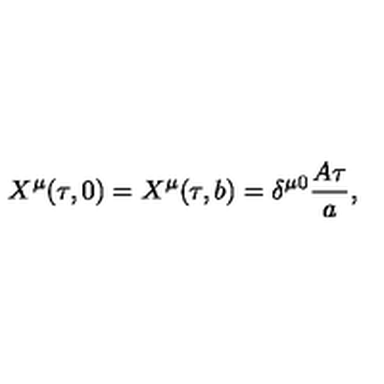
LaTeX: X ^ { \mu } ( \tau , 0 ) = X ^ { \mu } ( \tau , b ) = \delta ^ { \mu 0 } { \frac { A \tau } { a } } ,